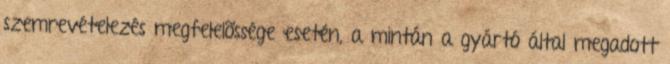
szemrevételezés megfelelõssége esetén, a mintán a gyártó által megadott